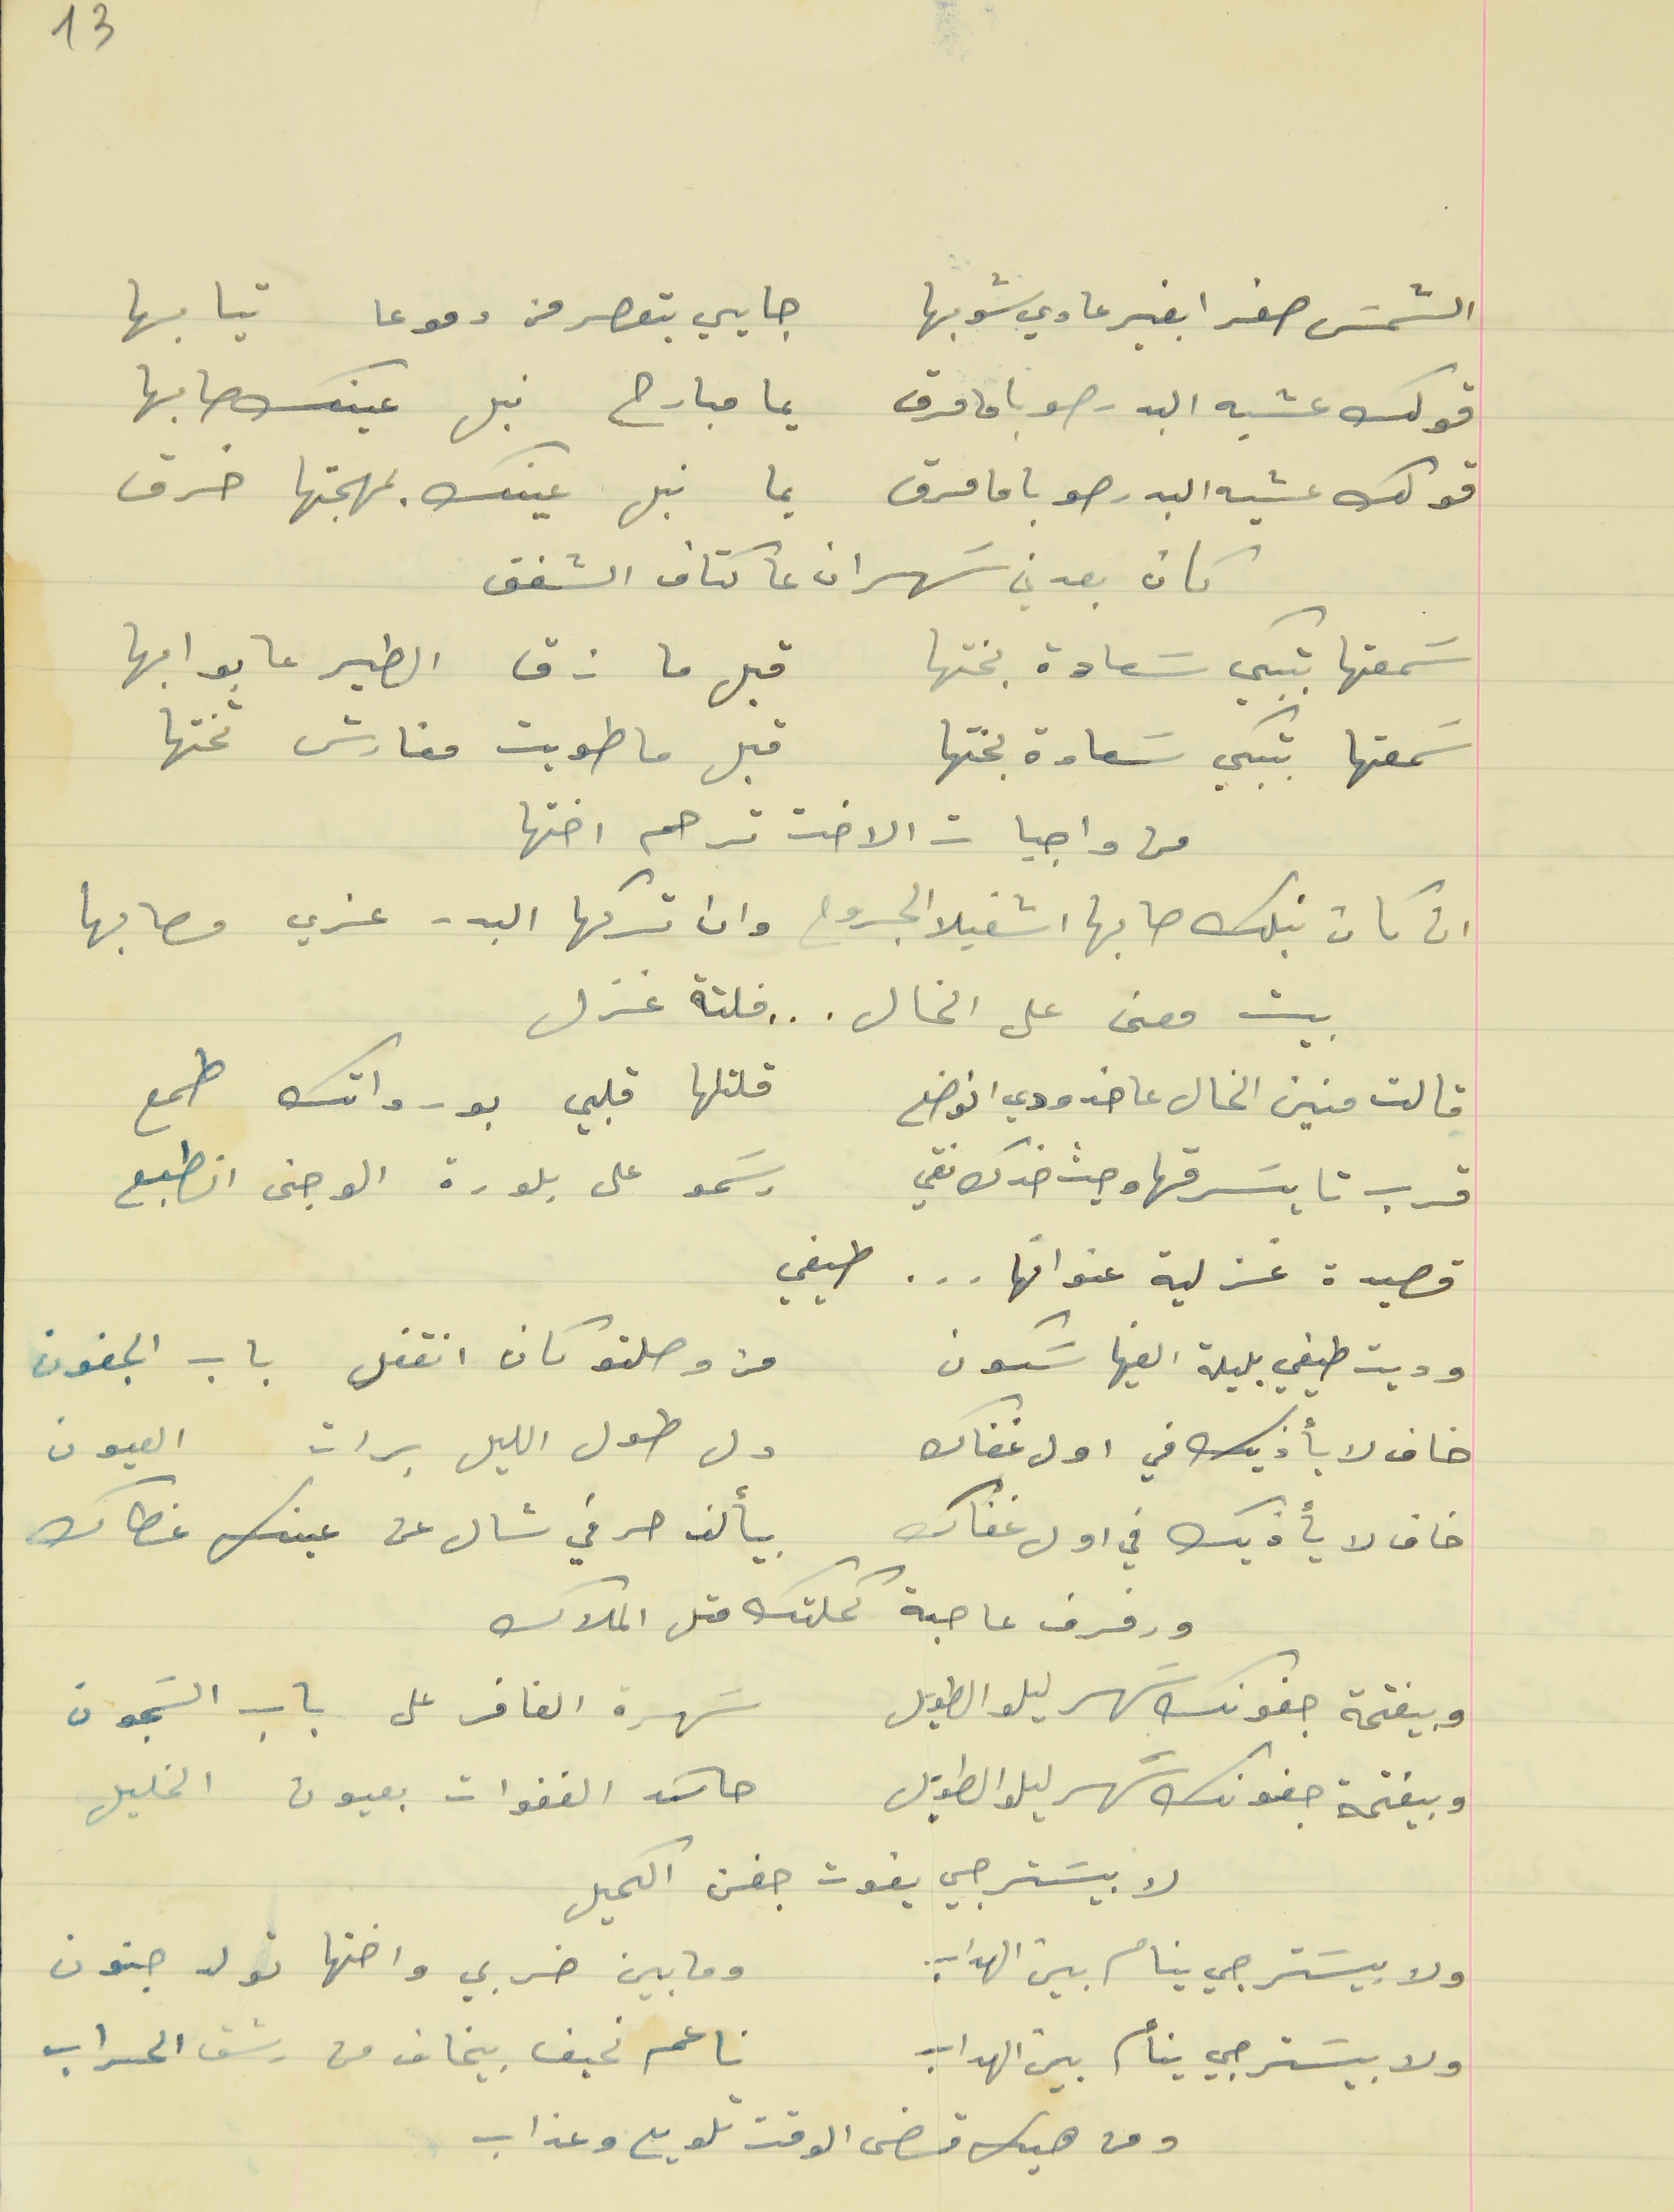
الشمسَ صفرا بغير عادي شوبها                                  جايي بتعصر من دموعا  تيابها
قولك عشيه البدر صوبا ما مرق                                 يما مبارح نبل عينك صابها
قولك عشيه البدر صوبا ما مرق                                  يما نبل عينك بمهجتها خرق
كان بعدني سَهران عا كتاف الشفق
سَمعتها بتبكي سَعادة بختها                                  قبل ما زق الطير عا بوابها
سمعتها بتبكي سَعادة بختها                                  قبل ما طويت مفارش تختها
من واجبات الاخت ترحم اختها
بيت معنى على الخال .  .  . فلتة غزل
قالت منين الخال عا خدودي انوضع                              قلتلها قلبي بورداتك طمع
قرب تا يسَرقها وحيث خدك نقي                                  رسَمو على بلورة الوجنى انطبع
قصيدة غزلية عنوانها . . . طيفي
وديت طيفي بليلة الفيها سَكون                            من وصلتو كان انقفل باب الجفون
خاف لا يأذيك في اول غفاك                                  دل طول الليل برات العيون
خاف لا يأذيك في اول غفاك                                  بيألف حرفي شال عن عينك غطاك
ورفرف عا حبة كملتك متل الملاك
وبيفتحة جفونك سَهر ليلو الطويل                                     سَهرة الغافر على باب السَجون
وبيفتحة جفونك سَهر ليلو الطويل                                        حاسَد الغفوات بعيون الخليل
لا بيسَترجي يفوت جفن الكحيل
ولا بيسَترجي ينام بين الهداب                                  وما بين ضربي واختها تولد جنون
13
ان كان نبلك صابها اشفيلا الجروح  وان تركها البدر عزي مصابها
ولا بيسَترجي ينام بين الهداب                                 ناعم نحيف بيخاف من رشق الحراب
ومن هيك قضى الوقت تلويع وعذاب